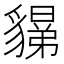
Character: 𧴉